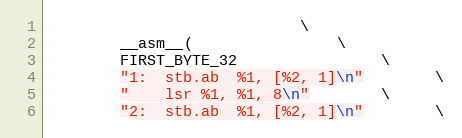
Language: C
							\
		__asm__(				\
		FIRST_BYTE_32				\
		"1:	stb.ab	%1, [%2, 1]\n"		\
		"	lsr %1, %1, 8\n"		\
		"2:	stb.ab	%1, [%2, 1]\n"		\